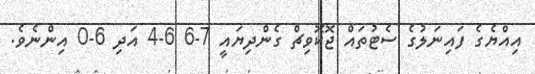
އިއްޔެގެ ފައިނަލުގެ ސެޓުތައް ޖޮކޮވިޗް ގެންދިޔައީ 7-6 6-4 އަދި 6-0 އިންނެވެ.